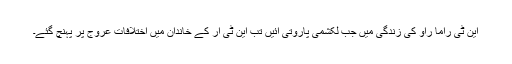
این ٹی راما راؤ کی زندگی میں جب لکشمی پاروتی آئیں تب این ٹی آر کے خاندان میں اختلافات عروج پر پہنچ گئے۔